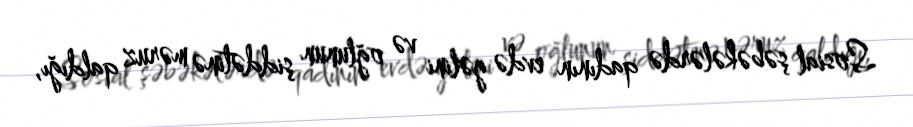
Sosial şəbəkələrdə qadının evdə gəlini və oğlunun şiddətinə məruz qaldığı,